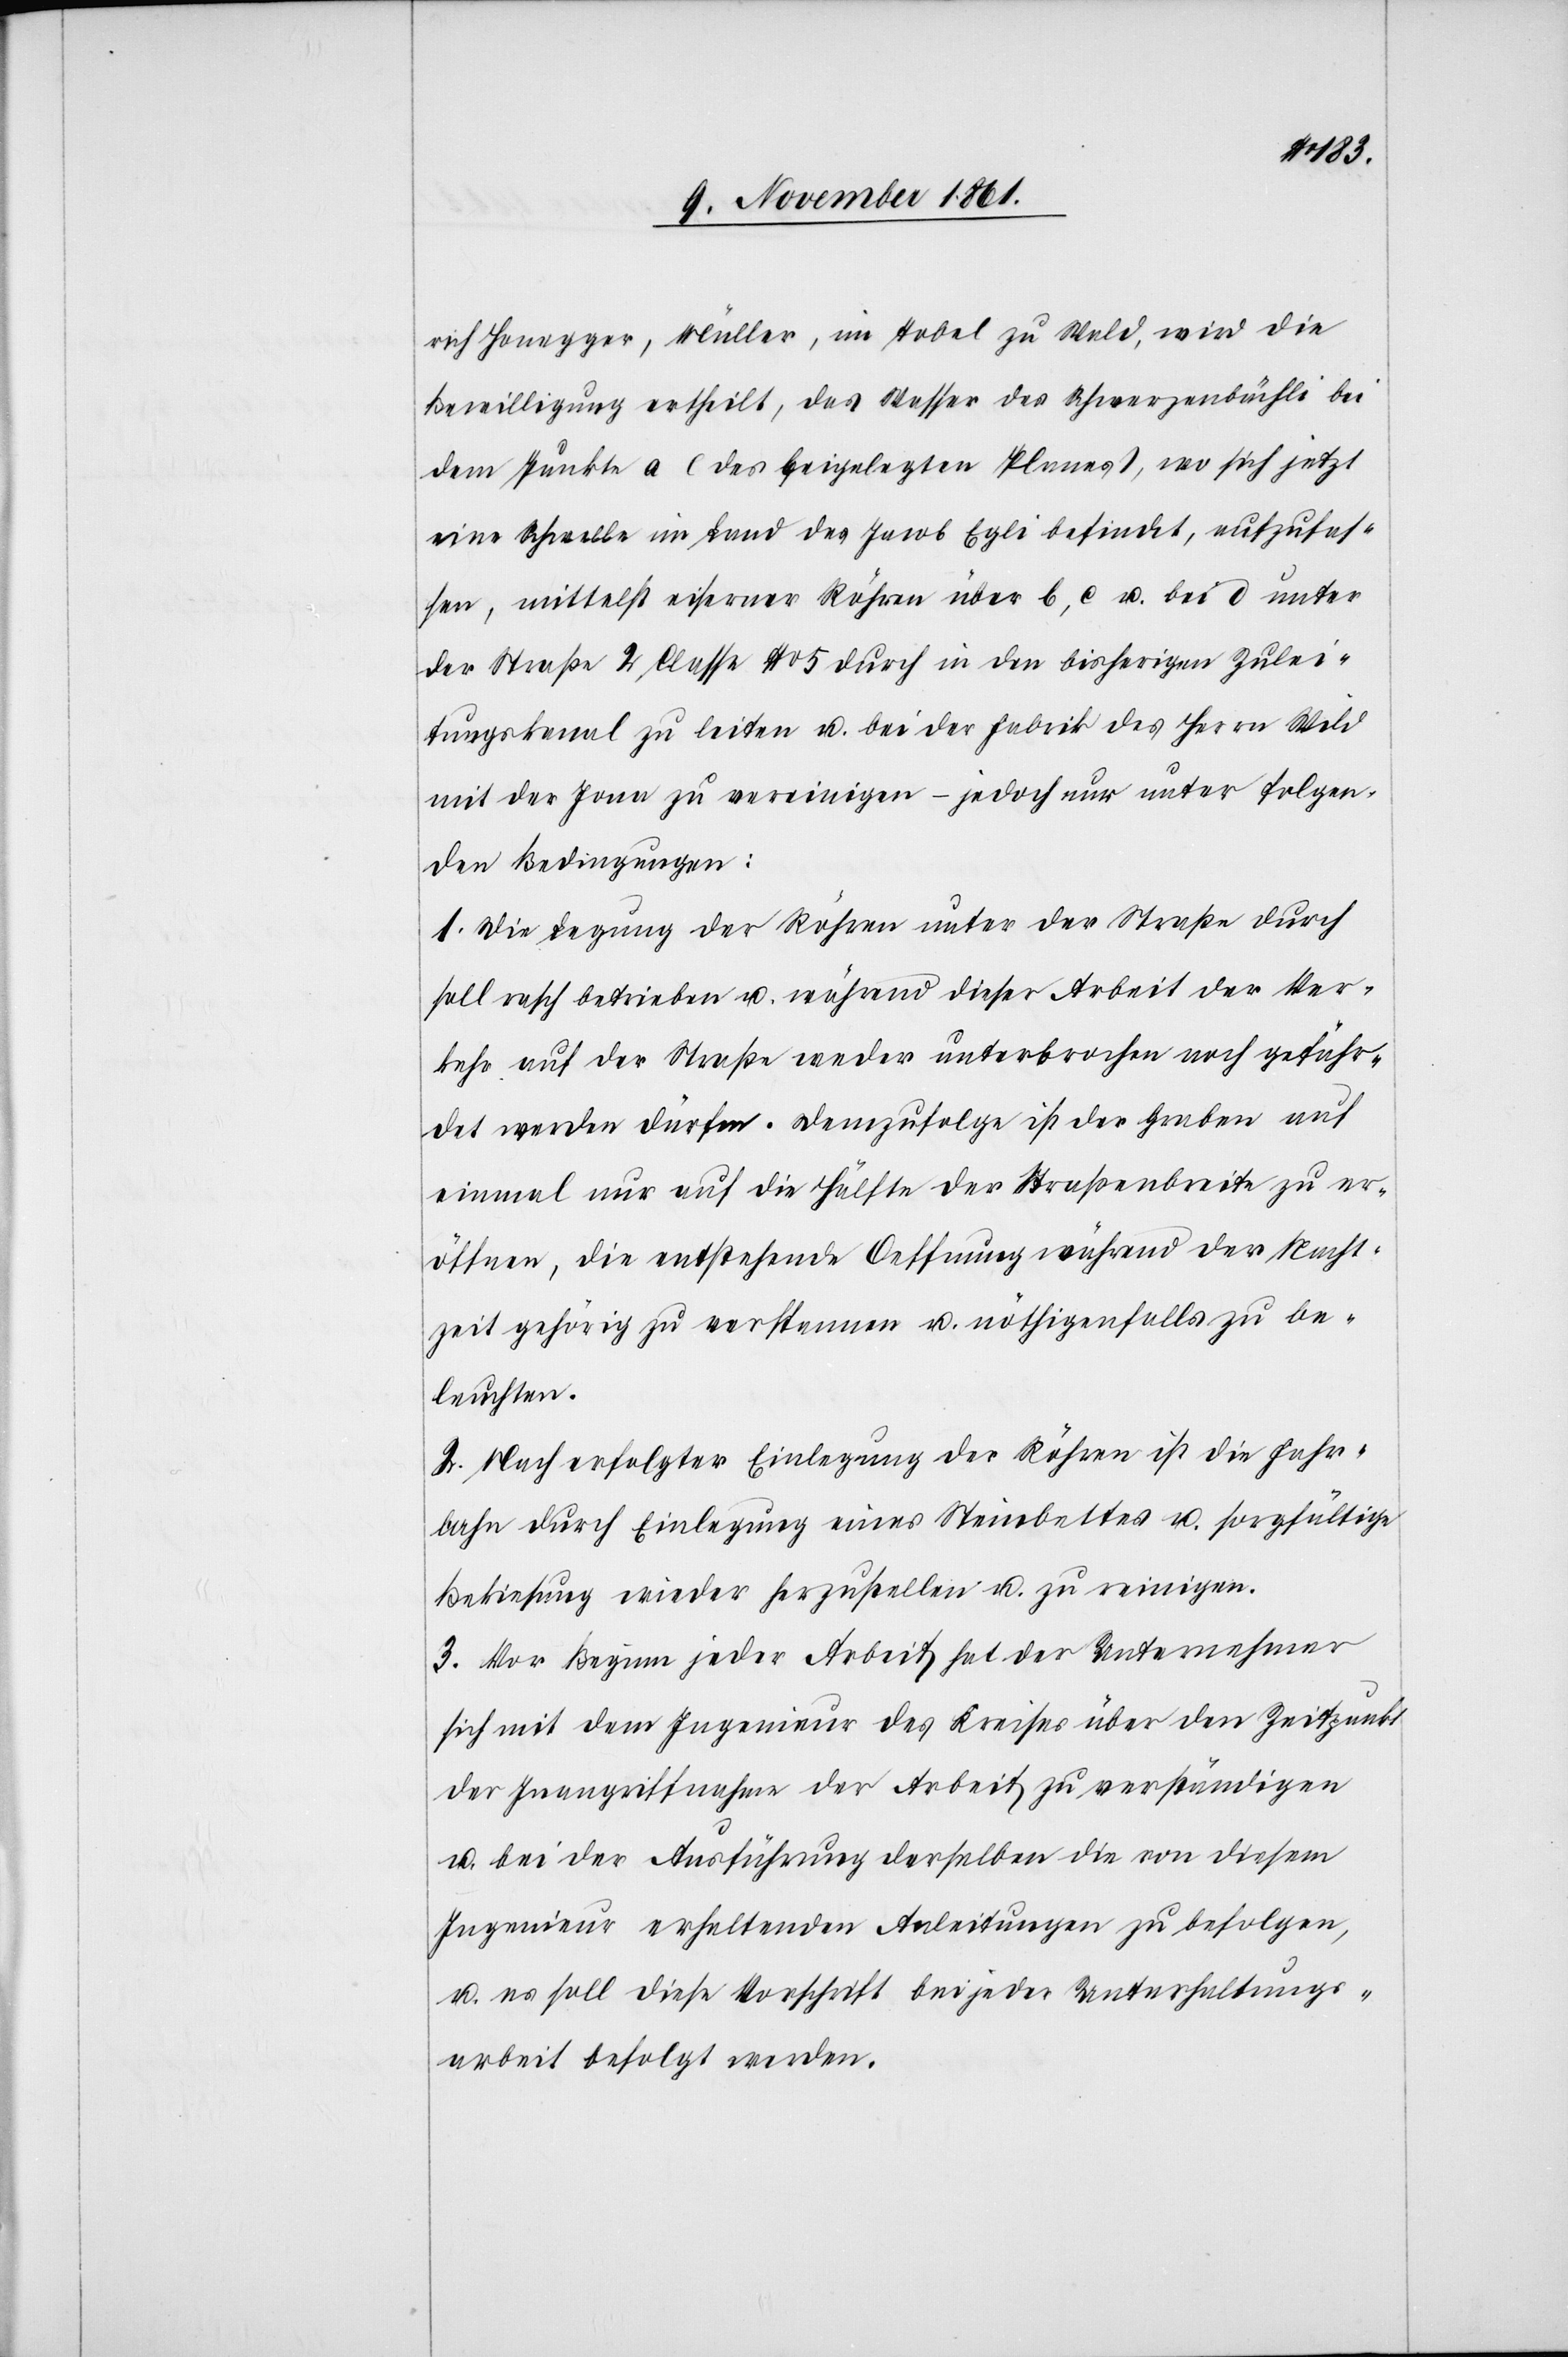
rich Honegger, Müller, im Tobel zu Wald, wird die
Bewilligung ertheilt, das Wasser des Schwerzenbächli bei
dem Punkte a (des beigelegten Planes), wo sich jetzt
eine Schwelle im Land des Jacob Egli befindet, aufzufas¬
sen, mittelst eiserner Röhren über b, c u. bei d unter
der Straße 2 Classe N° 5 durch in den bisherigen Zulei¬
tungskanal zu leiten u. bei der Fabrik des Herrn Wald
mit der Jona zu vereinigen – jedoch nur unter folgen¬
den Bedingungen:
1. Die Legung der Röhren unter der Straße durch
soll rasch betrieben u. während dieser Arbeit der Ver¬
kehr auf der Straße weder unterbrochen noch gefähr¬
det werden dürfen. Demzufolge ist der Graben auf
einmal nur auf die Hälfte der Straßenbreite zu er¬
öffnen, die entstehende Oeffnung während der Nacht¬
zeit gehörig zu versteuern u. nöthigenfalls zu be¬
leuchten.
2. Nach erfolgter Einlegung der Röhren ist die Fahr¬
bahn durch Einlegung eines Steinbettes u. sorgfältige
Bekiesung wieder herzustellen u. zu reinigen.
3. Vor Beginn jeder Arbeit hat der Unternehmer
sich mit dem Ingenieur des Kreises über den Zeitpunkt
der Inangriffnahme der Arbeit zu verständigen
u. bei der Ausführung derselben die von diesem
Ingenieur erhaltenden Anleitungen zu befolgen,
u. es soll diese Vorschrift bei jeder Unterhaltungs¬
arbeit befolgt werden.